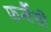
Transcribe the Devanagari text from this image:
फर्न्चैसी